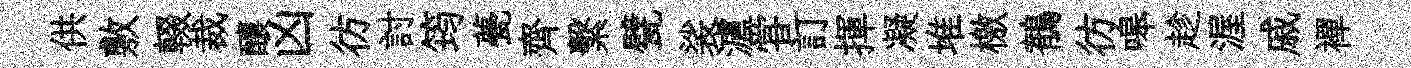
供敷輟裁釀凶彷討筠甍齊繫甓裟瀘甞訂揮凝堆檄鶺彷嗥趁渥戚襌